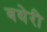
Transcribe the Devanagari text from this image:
बथेरी